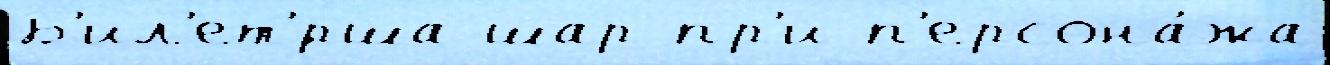
Б'ил'ет'́рша шар пр'и п'ерсона́жа